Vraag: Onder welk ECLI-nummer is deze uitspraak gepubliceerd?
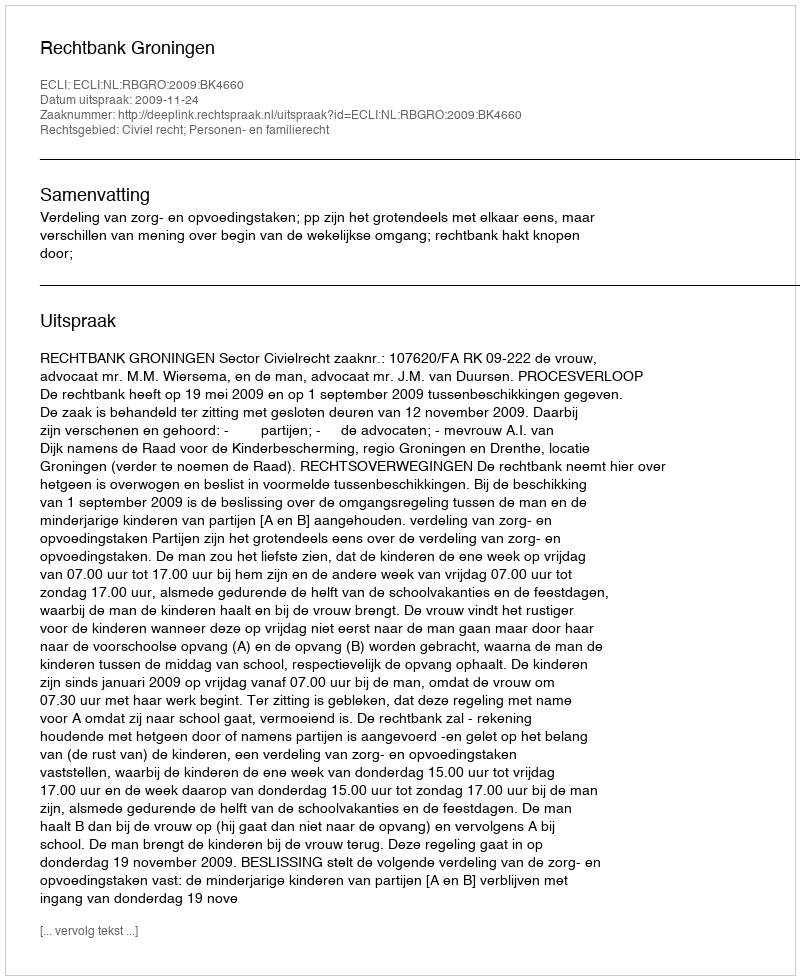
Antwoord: ECLI:NL:RBGRO:2009:BK4660